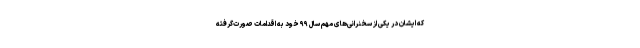
که ایشان در یکی از سخنرانی‌های مهم سال ۹۹ خود به اقدامات صورت‌گرفته